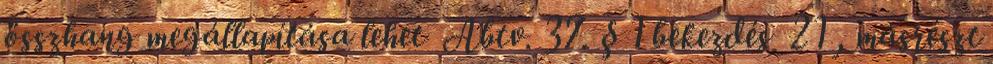
összhang megállapítása lehet Abtv. 37. § 1 bekezdés 21 , másrészt